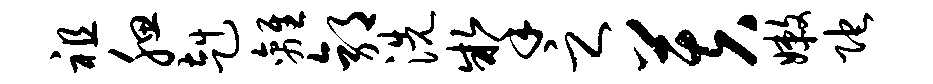
祖腮赳离郭洗掣之芙嫩陀